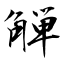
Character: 觯